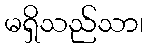
မရှိသည်သာ၊